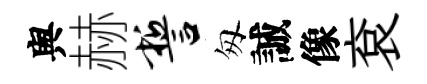
舆赫誓匆誠像袞